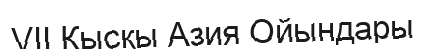
VII Қысқы Азия Ойындары